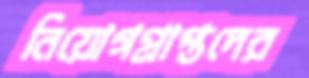
নিয়োগপ্রাপ্তদের